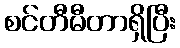
စင်တီမီတာရှိပြီး